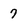
Character: 7